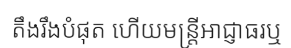
តឹងរឹងបំផុត ហើយមន្ត្រីអាជ្ញាធរឬ